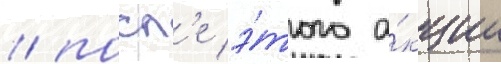
/ посл'е э́того а́кции